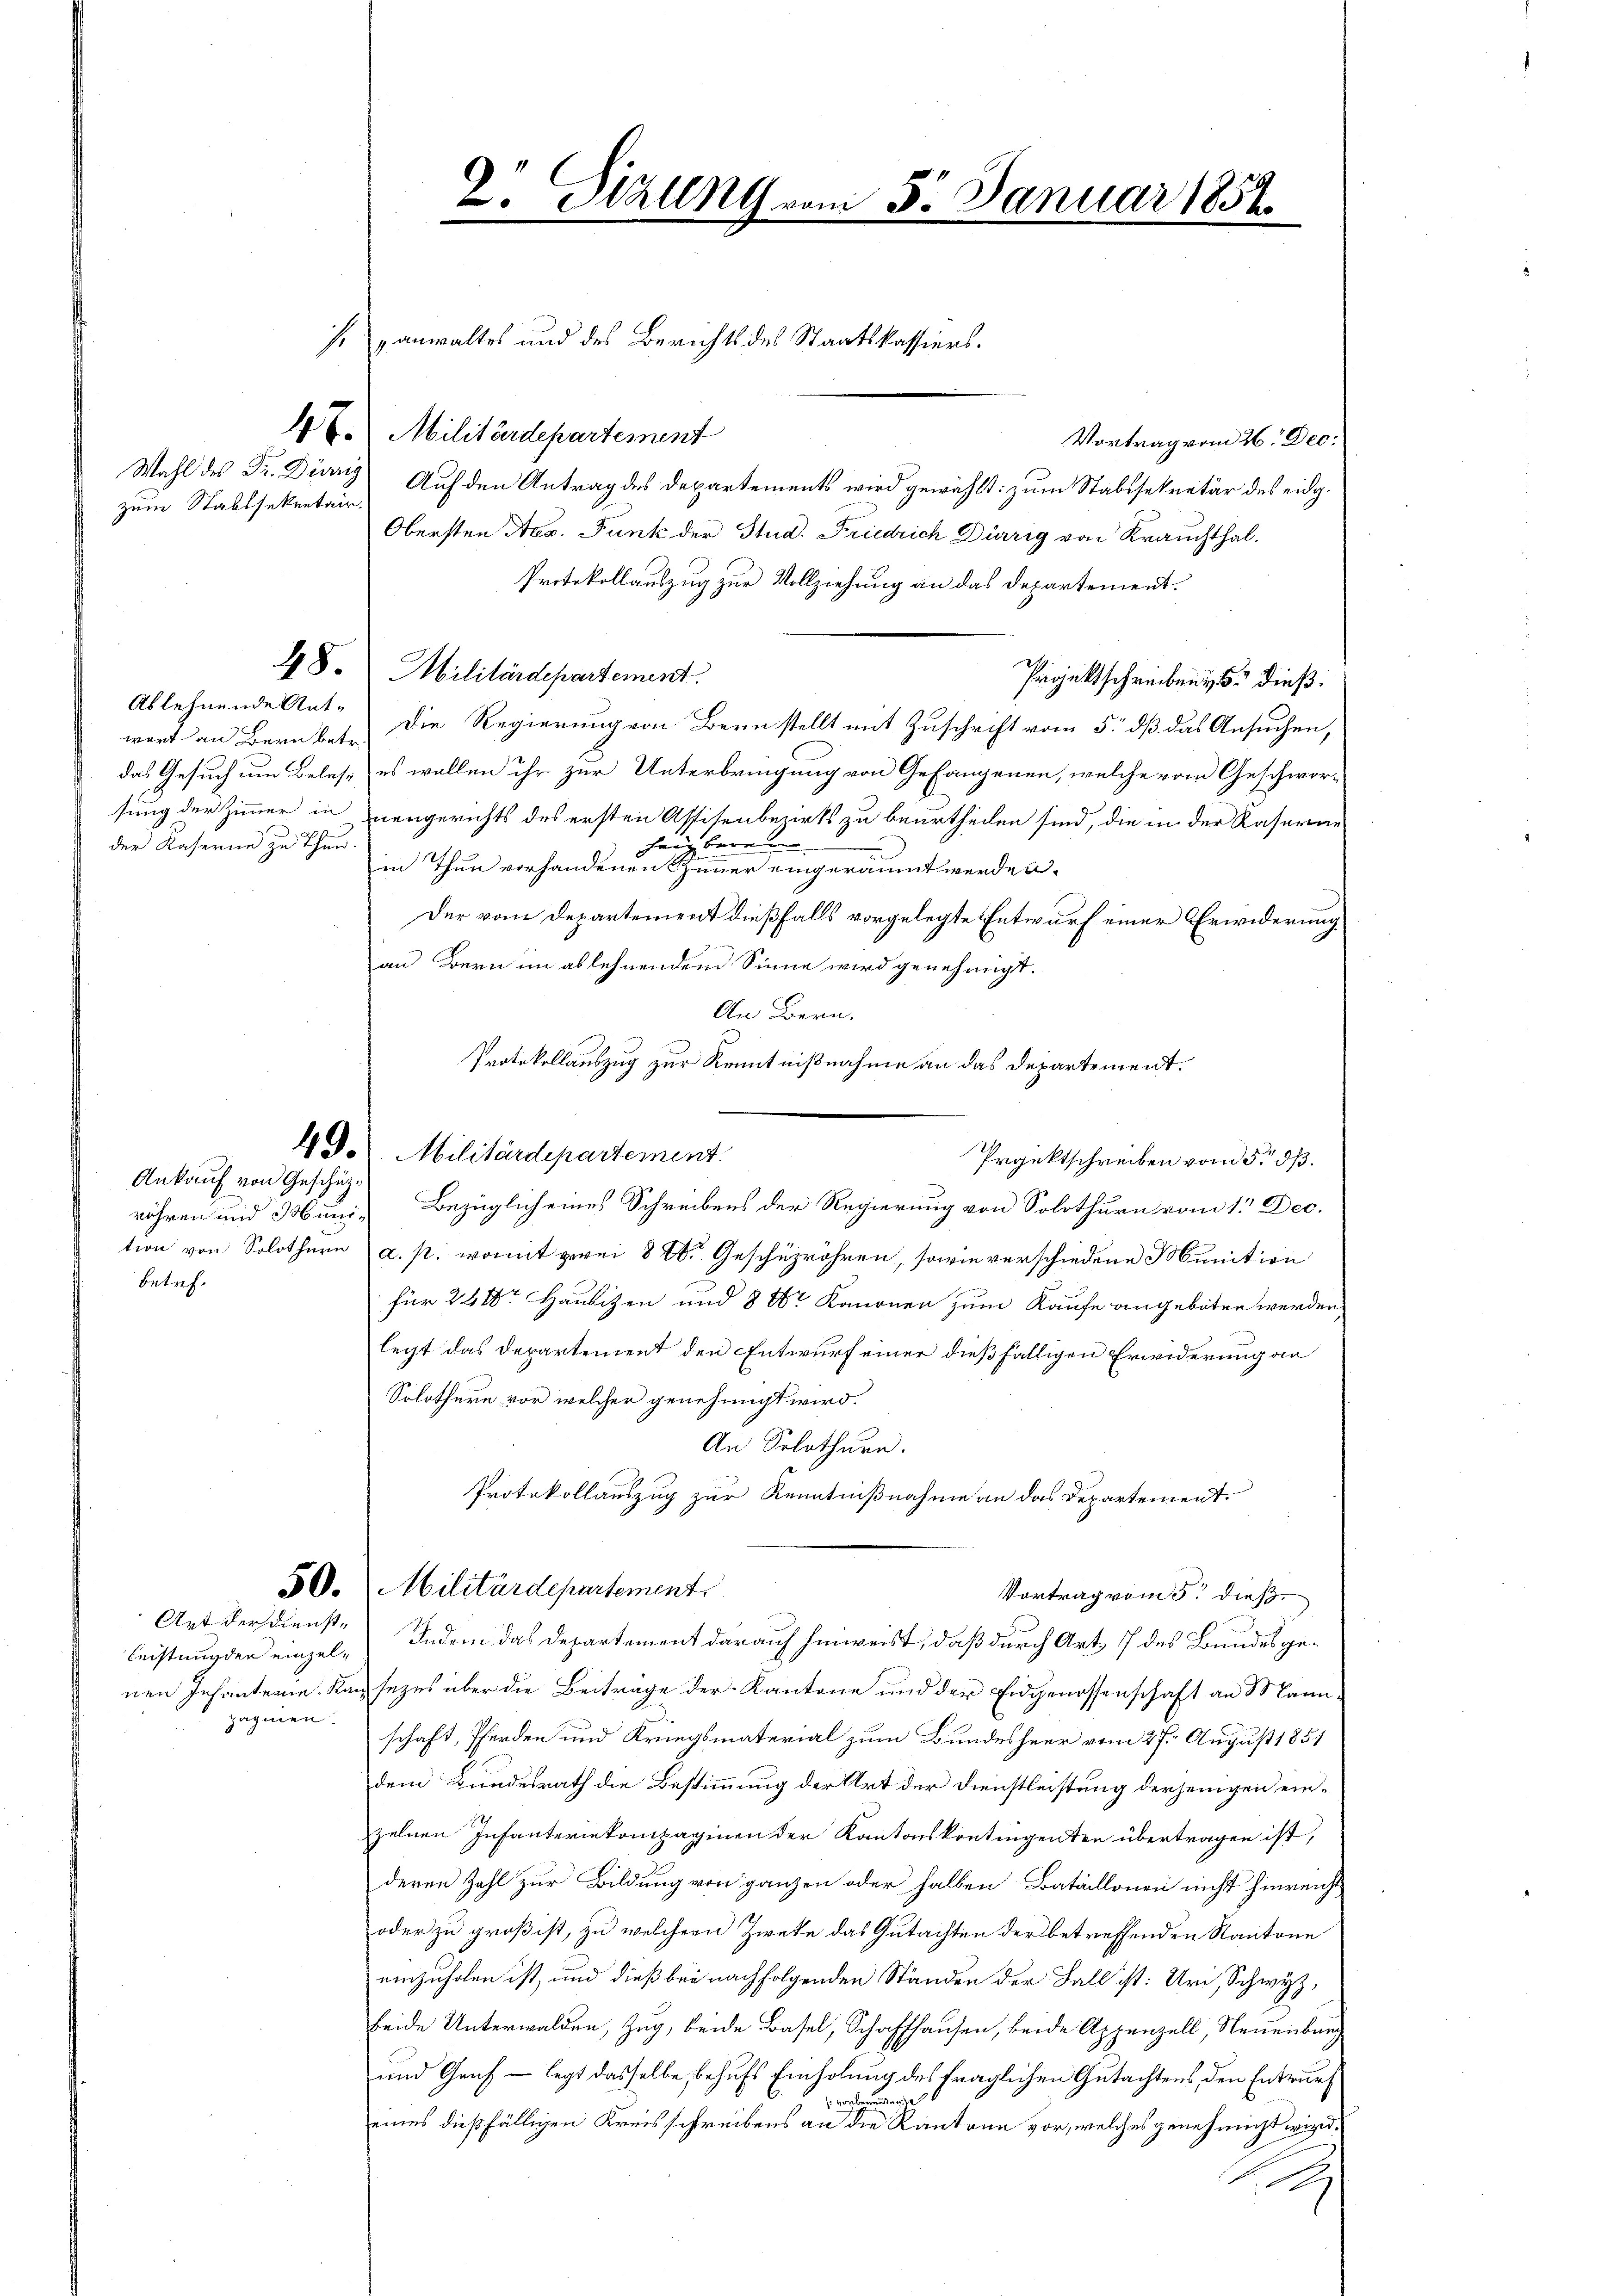
zum Stabssekretair

sanwaltes und des Berichts des Staatskassiers.
4t. Militärdepartement
Vortrag vom 26. Dec.
Wahl des Fr. Ding Auf den Antrag des Departements wird gewählt: zum Stabssekretär des eidg.
Obersten Aes. Funk der Stud. Friedrich Dürrig von Krauchthal.
Protokollauszug zur Vollziehung an das Departement.
48. Militärdepartement.
Projektschreiben dieß.
wort an Bern bes. Die Regierung von Bern stellt mit Zuschrift vom 5. dß das Ansuchen,
das Gesuch um Beles, es wollen ihr zur Unterbringung von Gefangenen, welche vom Geschworsung der Zimmer in neugerichts des ersten Assisenbezirks zu beurtheilen sind, die in der Kaserau
hang berein
in Thun vorhandenen Zimmer eingeräumt werden.
Der vom Departement dießfalls vorgelegte Entwurf einer Erwiderung
an Bern im ablehnendem Sinne wird genehmigt.
An Bern.
Protokollauszug zur Kenntnißnahme an das Departement.
49. Militärdepartement.
Prgiktschreiben vom 5. dß.
röhren und Muni- Bezüglich eines Schreibens der Regierung von Solothurn vom 1. Dec.
tion von Solothurn a. p. womit zwei 870. Geschüzröhren, sowie verschiedene Munition
für 2400r Häusizen und 8 20 Kanonen zum Kaufe angeboten werden.
legt das Departement den Entwurf einer dießfälligen Erwiderung an
Solothurn vor welcher genehmigt wird.
An Solothurn.
Protokollauszug zur Kenntnißnahme an das Departement.
50. Militärdepartement
Vortrag vom 5. dieß
Indem das Departement darauf hinweist, daß durch Art. 1 des Bundes genen Infanterie. Kaisezes über die Beiträge der Kantone und der Eidgenossenschaft an Mannschaft, Pferden und Kriegsmaterial zum Bundesheer vom 27. August 1851
dem Bundesrath die Bestimmung der Art der Dienstleistung derjenigen einzelnen Infanteriekompaginen der Kantonskontingenten übertragen ist,
deren Zahl zur Bildung von ganzen oder halben Bataillonen nicht hinreicht
oder zu groß ist, zu welcher Zwete das Gutachten der betreffenden Kantone
einzuholen ist, und dieß bei nachfolgenden Ständen der Fall ist: Uri, Schwyz,
beide Unterwalden, Zug, beide Basel, Schaffhausen, beide Appenzell, Neuenburg
und Genf — legt dasselbe behufs Einholung des fraglichen Gutachtens, den Entwurf
 vorbenen dense
eines dießfälligen Kreisschreibens an die Kantone vor, welches genehmigt wird.

Ablehnende Ant-
der Kaserne zu Thun.

Ankauf von Geschüzbetref¬

Art der Dienst¬
Leistung der einzelpagnien.

2. Sizung vom 5. Januar 1852.